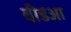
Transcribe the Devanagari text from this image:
बीडआ